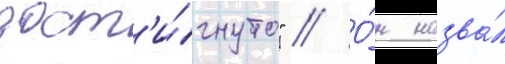
дост'и́гнуто" // О́н назва́л